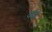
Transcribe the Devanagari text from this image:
वज्ज